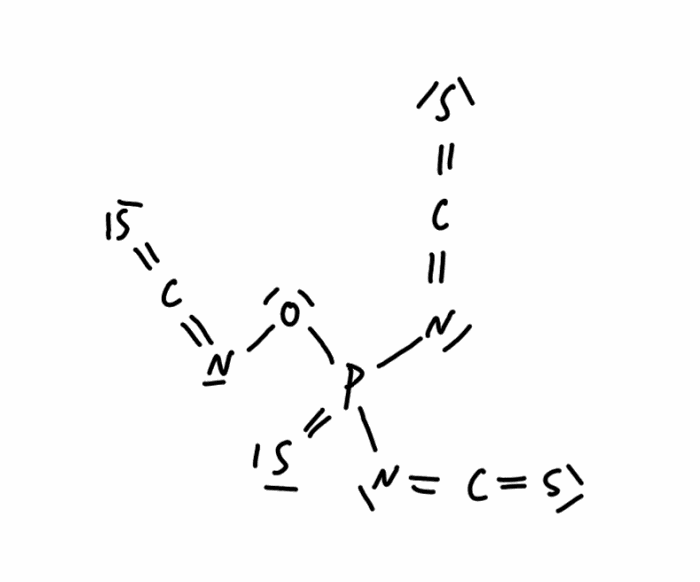
Simplified molecular-input line-entry system (SMILES) notation of the given molecule:
C(=NOP(=S)(N=C=S)N=C=S)=S